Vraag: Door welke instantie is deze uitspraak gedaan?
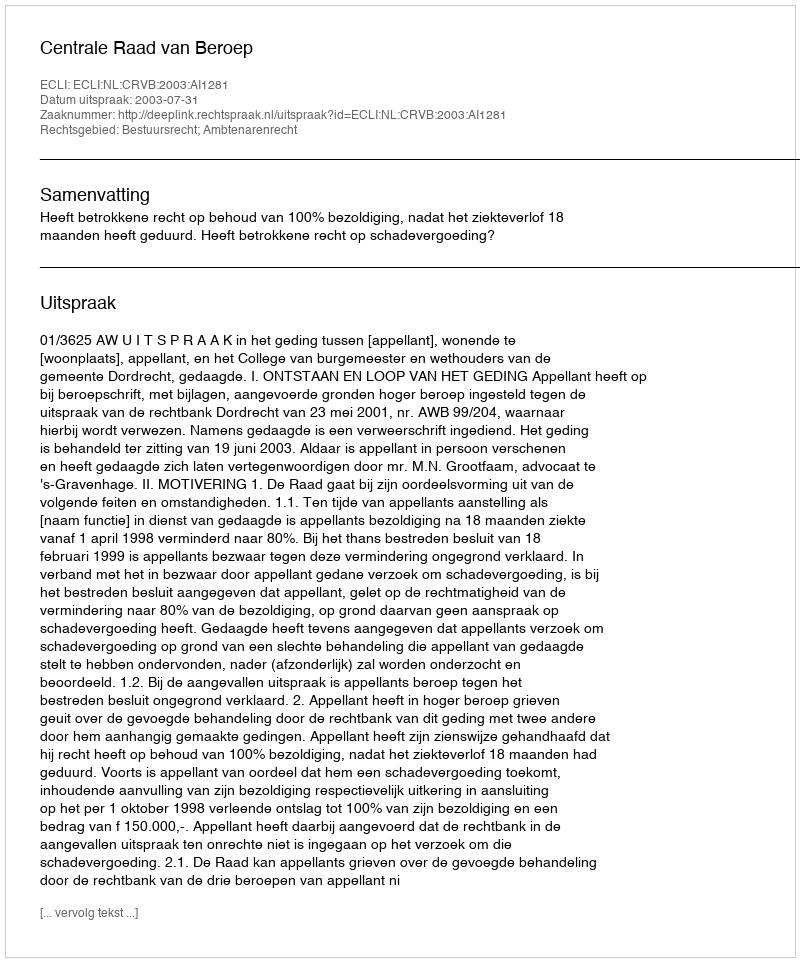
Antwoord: Centrale Raad van Beroep